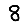
Digit: 8